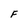
Character: F